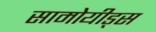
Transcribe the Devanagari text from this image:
सामोयीड्स